Regulations for the medical services of the Army of India
Year: 1930
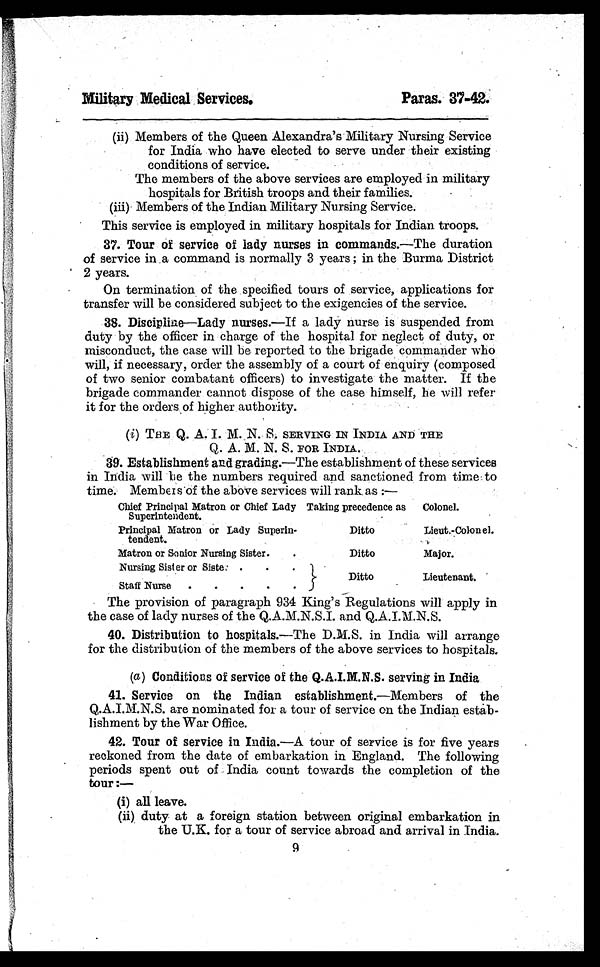
Military Medical Services.
Paras. 37-42.
(ii) Members of the Queen Alexandra's Military Nursing Service
for India who have elected to serve under their existing
conditions of service.
The members of the above services are employed in military
hospitals for British troops and their families.
(iii) Members of the Indian Military Nursing Service.
This service is employed in military hospitals for Indian troops.
37. Tour of service of lady nurses in commands.—The duration
of service in a command is normally 3 years; in the Burma District
2 years.
On termination of the specified tours of service, applications for
transfer will be considered subject to the exigencies of the service.
38. Discipline—Lady nurses. —If a lady nurse is suspended from
duty by the officer in charge of the hospital for neglect of duty, or
misconduct, the case will be reported to the brigade commander who
will, if necessary, order the assembly of a court of enquiry (composed
of two senior combatant officers) to investigate the matter. If the
brigade commander cannot dispose of the case himself, he will refer
it for the orders of higher authority.
(i ) THE Q. A. I. M. N. S. SERVING IN INDIA AND THE
Q. A. M. N. S. FOR INDIA.
39. Establishment and grading. —The establishment of these services
in India will be the numbers required and sanctioned from time to
time. Members of the above services will rank as:—
Chief Principal Matron or Chief Lady
Superintendent.
Taking precedence as
Colonel.
Principal Matron or Lady Superin-
tendent.
Ditto
Lieut.-Colonel.
Matron or Senior Nursing Sister.
Ditto
Major.
Nursing Sister or Sister
Ditto
Lieutenant.
Staff Nurse
The provision of paragraph 934 King's Regulations will apply in
the case of lady nurses of the Q.A.M.N.S.I. and Q.A.I.M.N.S.
40. Distribution to hospitals. —The D.M.S. in India will arrange
for the distribution of the members of the above services to hospitals.
(a ) Conditions of service of the Q.A.I.M.N.S. serving in India
41. Service on the Indian establishment.—Members of the
Q.A.I.M.N.S. are nominated for a tour of service on the Indian estab-
lishment by the War Office.
42. Tour of service in India. —A tour of service is for five years
reckoned from the date of embarkation in England. The following
periods spent out of India count towards the completion of the
tour:—
(i) all leave.
(ii) duty at a foreign station between original embarkation in
the U.K. for a tour of service abroad and arrival in India.
9